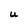
Character: U